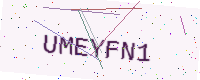
Text: UMEYFN1